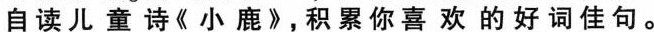
自读儿童诗《小鹿》，积累你喜欢的好词佳句。